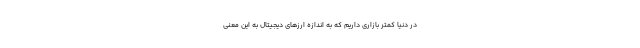
در دنیا کمتر بازاری داریم که به اندازه ارزهای دیجیتال به این معنی